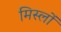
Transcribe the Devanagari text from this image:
मिस्लों